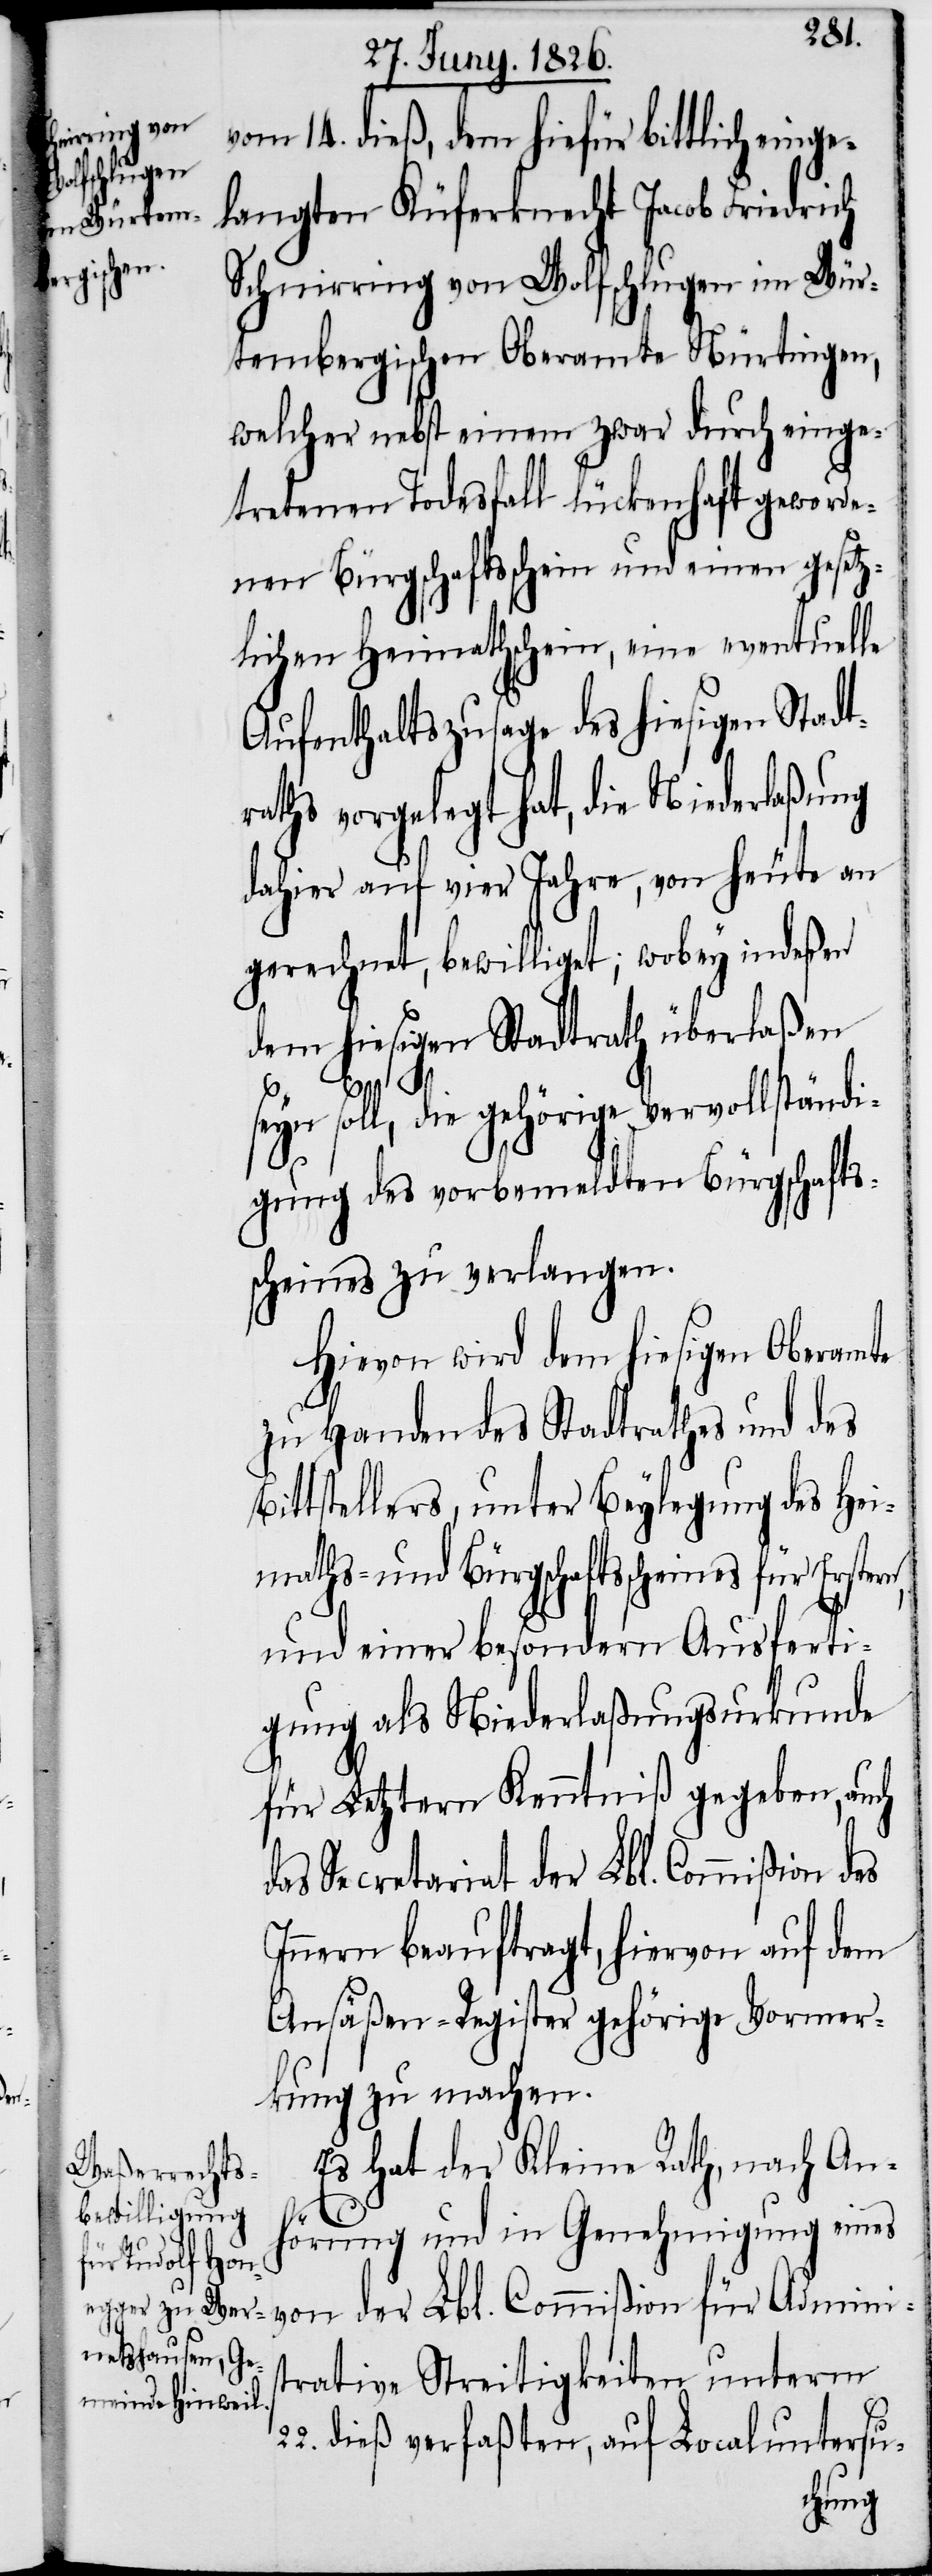
vom 14. dieß, dem hiefür bittlich einge¬
langten Küferknecht Jacob Friedrich
Schnirring von Wolfschlugen im Wür¬
tembergischen Oberamte Nürtingen,
welcher nebst einem zwar durch einge¬
tretenen Todesfall lückenhaft geworde¬
nen Bürgschaftsschein und einen gesetz¬
lichen Heimathschein, eine eventuelle
Aufenthaltszusage des hiesigen Stadt¬
raths vorgelegt hat, die Niederlaßung
dahier auf vier Jahre, von heute an
gerechnet, bewilliget; wobey indeßen
dem hiesigen Stadtrath überlaßen
inis¬
eyn soll, die gehörige Vervollständi¬
gung des vorbemeldten Bürgschafts¬
scheines zu verlangen.
Hievon wird dem hiesigen Oberamte
zu Handen des Stadtrathes und des
Bittstellers, unter Beylegung des Hei¬
maths- und Bürgschaftsscheines für Erstern,
und einer besondern Ausferti¬
gung als Niederlaßungsurkunde
für Letztern Kenntniß gegeben, auch
Secretariat der Lbl. Commißion des
Innern beauftragt, hiervon auf dem
Ansäßen-Register gehörige Vormer¬
kung zu machen.
Es hat der Kleine Rath, nach An¬
hörung und in Genehmigung eines
mißion für Adm¬
trative Streitigkeiten unterm
22. dieß verfaßten, auf Localuntersu-